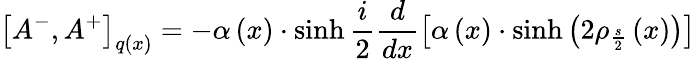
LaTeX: \left[A^{-},A^{+}\right]_{q\left(x\right)}=-\alpha\left(x\right)\cdot\sinh{}\frac i2\frac d{dx}\left[\alpha\left(x\right)\cdot\sinh\left(2\rho_{\frac s2}\left(x\right)\right)\right]